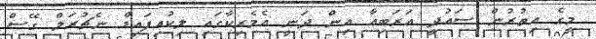
މީގެ އިތުރުން ސައުދީ އަރަބިއާ އިން ދަނީ އެމެރިކާގައި ލިކުއިފައިޑް ނެޗުރަލް ގޭސް